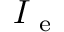
I _ { \mathrm { ~ e ~ } }